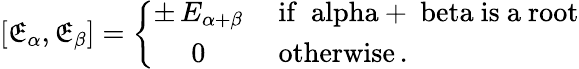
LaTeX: [\mathfrak{E}_{\alpha},\mathfrak{E}_{\beta}]=\left\{ \begin{array}{cl}{{\pm\, E_{\alpha+\beta}}}&{{\mathrm{~if~\ alpha+\ beta~is~a~root}}}\\ {{0}}&{{\mathrm{~otherwise}\, .}}\end{array}\right.